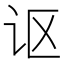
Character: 讴